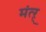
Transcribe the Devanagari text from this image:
मंत्ऱ्